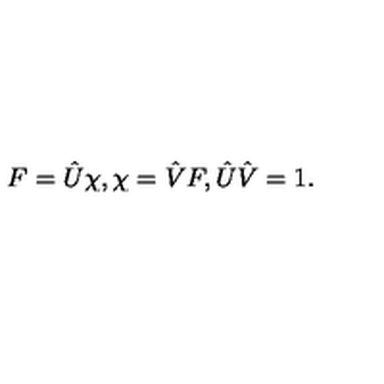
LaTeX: F = \hat { U } \chi , \chi = \hat { V } F , \hat { U } \hat { V } = 1 .